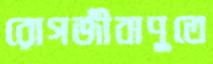
রোগজীবাণুতে